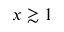
x \gtrsim 1